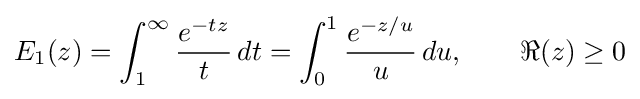
E_{1}(z)=\int _{1}^{\infty }{\frac {e^{-tz}}{t}}\,dt=\int _{0}^{1}{\frac {e^{-z/u}}{u}}\,du,\qquad \Re (z)\geq 0